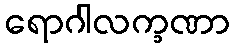
ရောဂါလက္ခဏာ